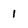
Character: 1